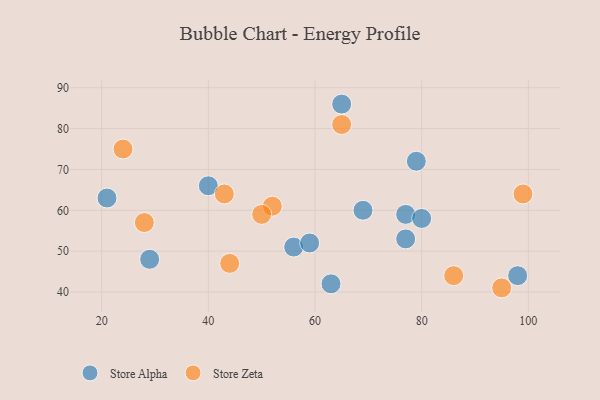
{"axis": {"x": "GDP", "y": "Life Expectancy"}, "legend": ["Store Alpha", "Store Zeta"], "data": [{"x": "77", "y": 59, "type": "Store Alpha"}, {"x": "29", "y": 48, "type": "Store Alpha"}, {"x": "65", "y": 86, "type": "Store Alpha"}, {"x": "98", "y": 44, "type": "Store Alpha"}, {"x": "63", "y": 42, "type": "Store Alpha"}, {"x": "80", "y": 58, "type": "Store Alpha"}, {"x": "56", "y": 51, "type": "Store Alpha"}, {"x": "21", "y": 63, "type": "Store Alpha"}, {"x": "69", "y": 60, "type": "Store Alpha"}, {"x": "79", "y": 72, "type": "Store Alpha"}, {"x": "40", "y": 66, "type": "Store Alpha"}, {"x": "77", "y": 53, "type": "Store Alpha"}, {"x": "59", "y": 52, "type": "Store Alpha"}, {"x": "95", "y": 41, "type": "Store Zeta"}, {"x": "52", "y": 61, "type": "Store Zeta"}, {"x": "65", "y": 81, "type": "Store Zeta"}, {"x": "43", "y": 64, "type": "Store Zeta"}, {"x": "24", "y": 75, "type": "Store Zeta"}, {"x": "44", "y": 47, "type": "Store Zeta"}, {"x": "28", "y": 57, "type": "Store Zeta"}, {"x": "50", "y": 59, "type": "Store Zeta"}, {"x": "99", "y": 64, "type": "Store Zeta"}, {"x": "86", "y": 44, "type": "Store Zeta"}]}